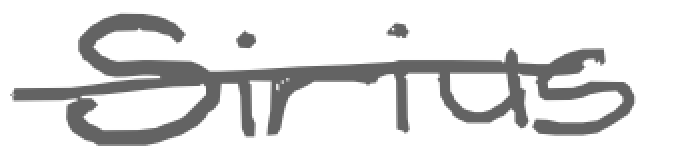
Text: Sirius
Cross-out: single-line
Writing tool: digital_gray